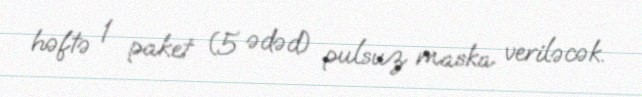
həftə 1 paket (5 ədəd) pulsuz maska veriləcək.